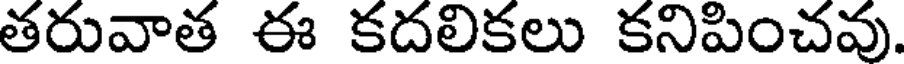
తరువాత ఈ కదలికలు కనిపించవు.